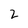
Character: 2